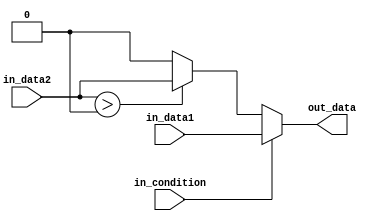
module if_else_ternary (
    input wire in_condition,
    input wire in_data1,
    input wire in_data2,
    output reg out_data
);

always @* begin
    if (in_condition) begin
        out_data = in_data1;
    end
    else begin
        out_data = (in_data2 > 0) ? in_data2 : 0;
    end
end

endmodule